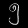
Digit: ၅